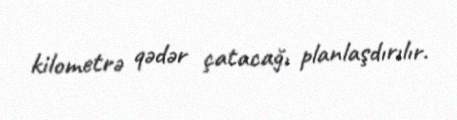
kilometrə qədər çatacağı planlaşdırılır.